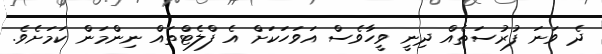
ދެ ވަނަ ފުރުސަތެއް ދިނީ ވީހާވެސް އަވަހަކަށް އެ ފްލެޓްތައް ނިންމަން ކަމަށެވެ.